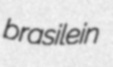
brasilein